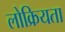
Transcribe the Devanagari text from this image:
लोक्रियता